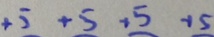
+ 5 + 5 + 5 + 5